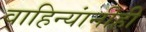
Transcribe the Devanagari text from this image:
वाहिन्यांनीही